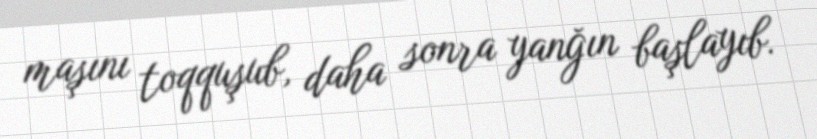
maşını toqquşub, daha sonra yanğın başlayıb.